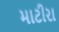
માટીરા